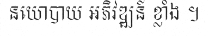
នយោបាយ អភិវឌ្ឍន៍ ខ្លាំង ។